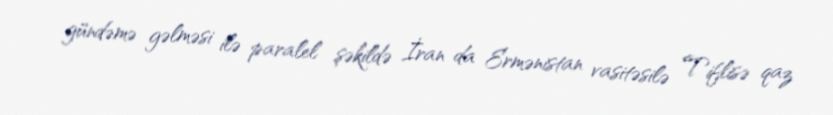
gündəmə gəlməsi ilə paralel şəkildə İran da Ermənistan vasitəsilə Tiflisə qaz